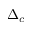
\Delta _ { c }